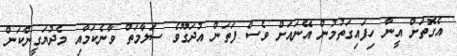
އެގޮތަށް އީނާ ހިފައިގަތުމުން އޭނައަށް ވެސް ފަތަން އުދަގޫވެ ސަލާމަތް ވާނެކަމާއި މެދުޔަގީންކަން